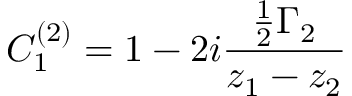
C _ { 1 } ^ { ( 2 ) } = 1 - 2 i { \frac { { \frac { 1 } { 2 } } \Gamma _ { 2 } } { z _ { 1 } - z _ { 2 } } }